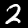
Label: 2